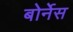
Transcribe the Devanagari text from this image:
बोर्नेस